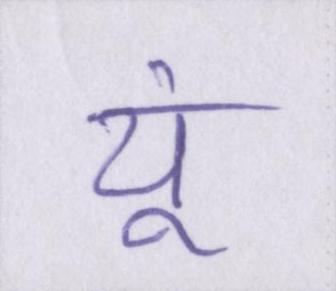
यूं